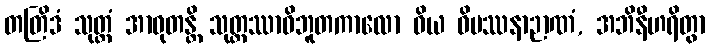
တတြိဒံ သုတ္တံ အာဝုတန္တိ သုတ္တဿာဝိဘူတကာလော ဝိယ ဝိပဿနာဉာဏံ, အဘိနီဟရိတွာ